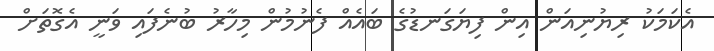
އެކަމަކު ރިޔުނިއަން އިން ފިޔަގަނޑުގެ ބައެއް ފެނުމުން މިހާރު ބުނެފައި ވަނީ އެގޮތަށް